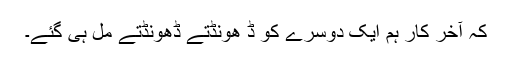
کہ آخر کار ہم ایک دوسرے کو ڈ ھونڈتے ڈھونڈتے مل ہی گئے۔